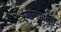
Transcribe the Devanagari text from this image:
रणांगणामधे